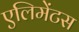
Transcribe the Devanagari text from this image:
एलिमेंटस